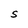
Character: S